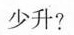
少升?